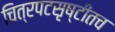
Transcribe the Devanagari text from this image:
चित्रपटसृष्टीतच